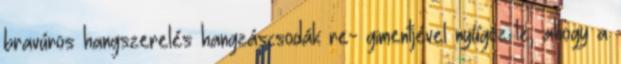
bravúros hangszerelés hangzáscsodák re- gimentjével nyűgöz le, ahogy a